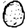
Digit: 0